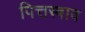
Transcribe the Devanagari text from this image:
पित्तस्त्राव